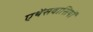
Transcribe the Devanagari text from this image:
एथेंसवासियों